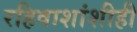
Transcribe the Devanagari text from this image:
रहिवाशांशीही